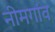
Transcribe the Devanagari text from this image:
नीमगांव